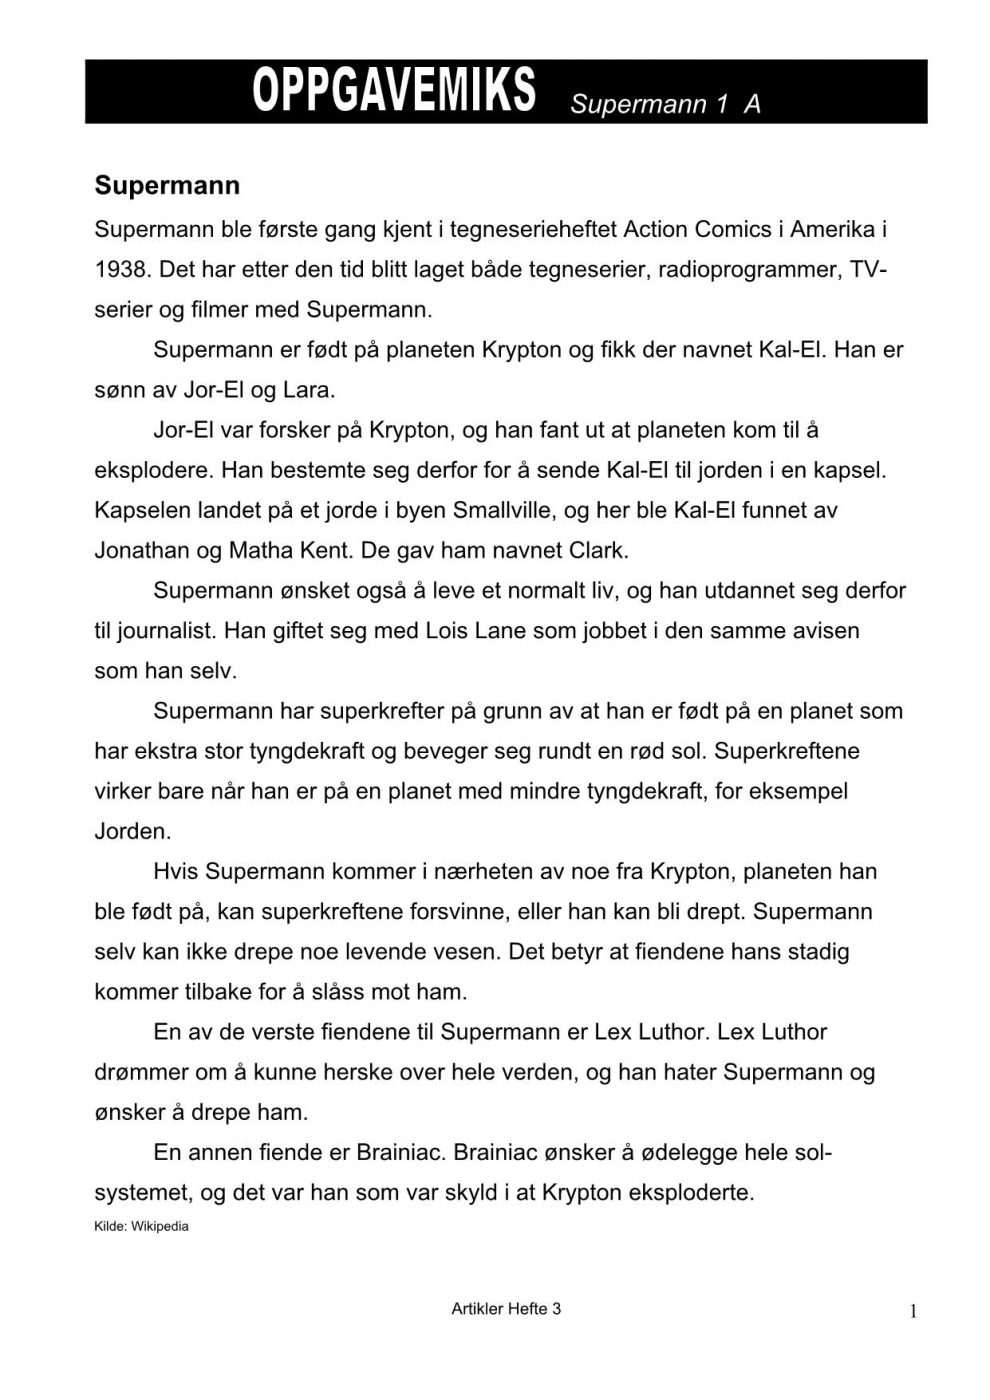
Language: no